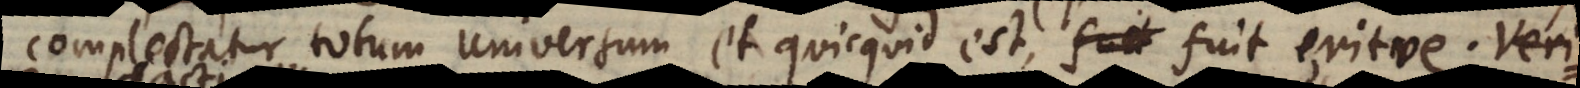
complectatur totum universum et quicquid est, fuit eritve. Veri